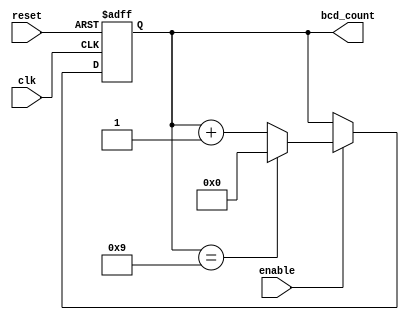
module BCD_Up_Counter_With_Enable (
    input wire clk,
    input wire reset,
    input wire enable,
    output reg [3:0] bcd_count
);

always @(posedge clk or posedge reset) begin
    if (reset) begin
        bcd_count <= 4'b0000;
    end else if (enable) begin
        if (bcd_count == 4'b1001) begin
            bcd_count <= 4'b0000;
        end else begin
            bcd_count <= bcd_count + 1;
        end
    end
end

endmodule